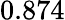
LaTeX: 0.874